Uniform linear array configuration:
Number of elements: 32
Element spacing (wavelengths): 1
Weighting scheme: blackman
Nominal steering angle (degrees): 60
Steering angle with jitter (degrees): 60.672
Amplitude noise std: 0.05
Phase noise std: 0.05

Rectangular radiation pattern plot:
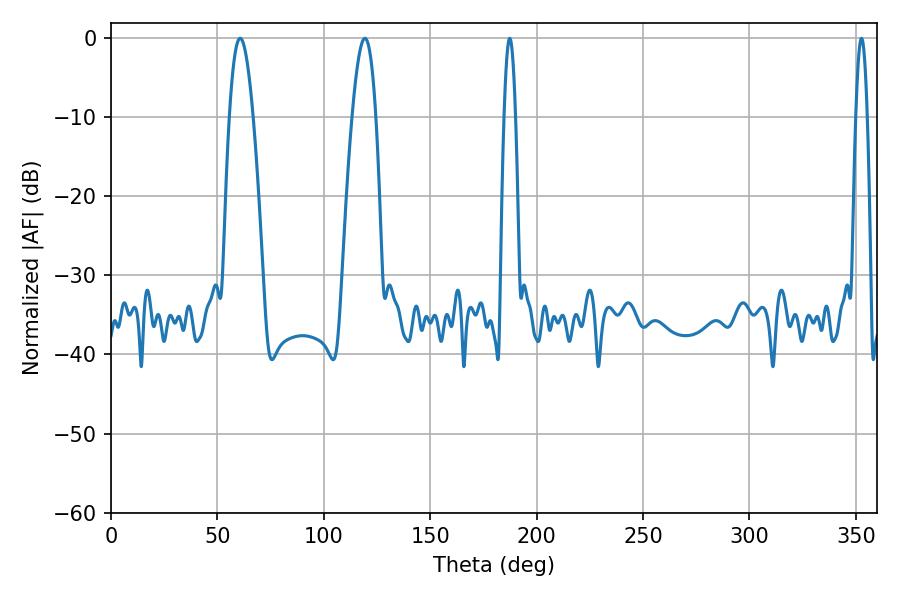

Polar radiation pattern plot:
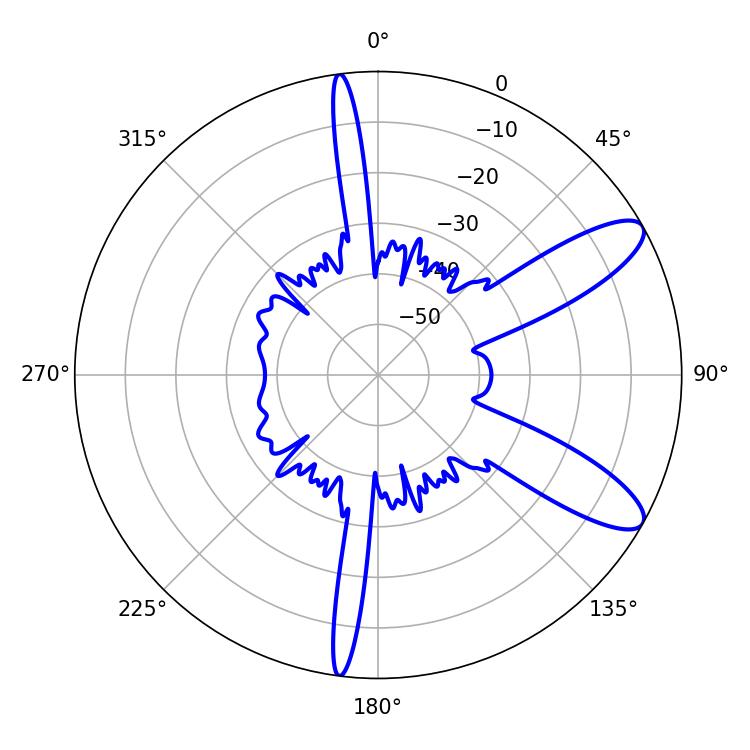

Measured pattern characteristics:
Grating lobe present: TRUE
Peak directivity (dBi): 10.293
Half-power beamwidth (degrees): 6.12
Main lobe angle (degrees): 60.66